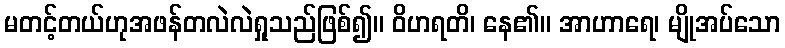
မတင့်တယ်ဟုအဖန်တလဲလဲရှုသည်ဖြစ်၍။ ဝိဟရတိ၊ နေ၏။ အာဟာရေ၊ မျိုအပ်သော